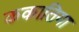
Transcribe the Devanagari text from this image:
ककातिया